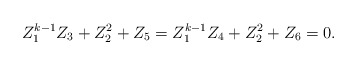
\begin{align*} Z_1^{k-1}Z_3+Z_2^2+Z_5=Z_1^{k-1}Z_4+Z_2^2+Z_6=0.\end{align*}